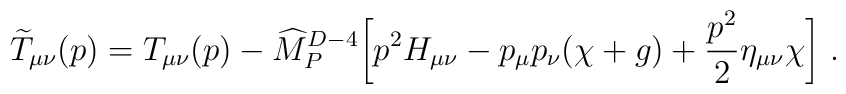
{\widetilde T}_{\mu\nu}(p)= T_{\mu\nu}(p)- {\widehat M}_P^{D-4}\biggl[p^2 H_{\mu\nu}-p_\mu p_\nu(\chi+g) +{p^2\over 2}\eta_{\mu\nu}\chi \biggr]~.